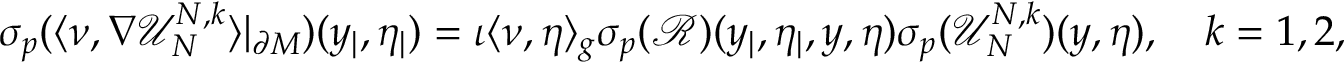
\begin{array} { r l } & { { \sigma _ { p } } ( \langle \nu , \nabla \mathcal { U } _ { N } ^ { N , k } \rangle | _ { \partial M } ) ( y _ { | } , \eta _ { | } ) = \iota \langle \nu , \eta \rangle _ { g } { \sigma _ { p } } ( \mathcal { R } ) ( y _ { | } , \eta _ { | } , y , \eta ) { \sigma _ { p } } ( \mathcal { U } _ { N } ^ { N , k } ) ( y , \eta ) , \quad k = 1 , 2 , } \end{array}